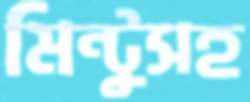
মিন্টুসহ